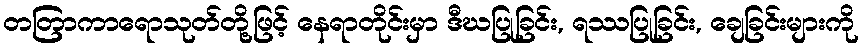
တတြာကာရောသုတ်တို့ဖြင့် နေရာတိုင်းမှာ ဒီဃပြုခြင်း, ရဿပြုခြင်း, ချေခြင်းများကို